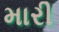
મારી